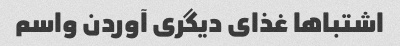
اشتباها غذای دیگری آوردن واسم